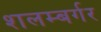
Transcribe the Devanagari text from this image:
शलम्बर्गर